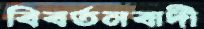
বিবর্তনবাদী